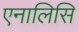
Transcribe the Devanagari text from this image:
एनालिसि